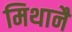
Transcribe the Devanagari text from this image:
मिथानै